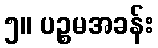
၅။ ပဉ္စမအခန်း